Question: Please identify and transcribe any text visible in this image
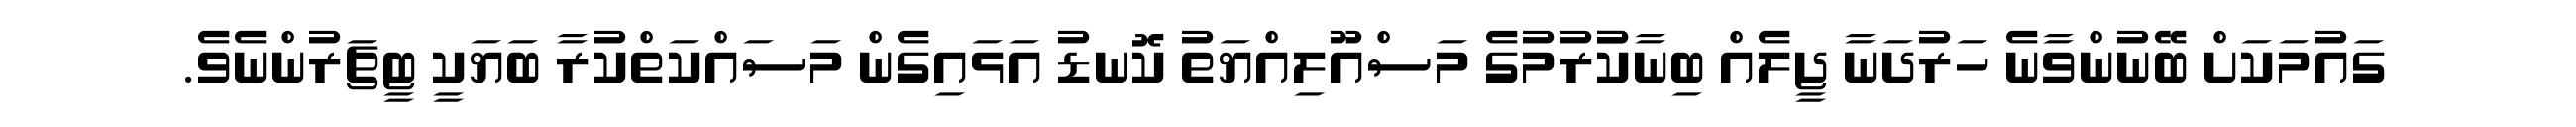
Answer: ގައުމަކަށް ބޭނުންވާނެ ހަރުދަނާ ޖީލެއް ބިނާކުުރުމުގެ މަސްއޫލިއްޔަތު ކޮނޑު އަޅައިގެން މަސައްކަތްކުރާ ބަޔަކީ ޓީޗަރުންނެވެ.